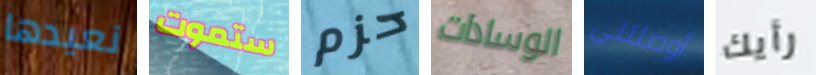
نعيدها ستموت حزم الوسادات أوصلتني رأيك